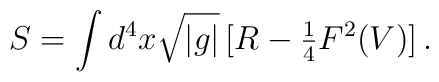
S = \int d^{4}x\sqrt{|g|}\, [R -{\textstyle\frac{1}{4}} F^{2}(V)]\, .